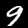
Label: 9